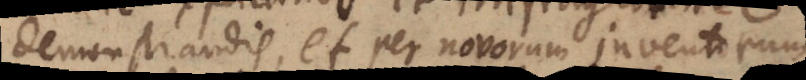
demonstrandis, et per novorum inventorum